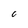
Character: 0